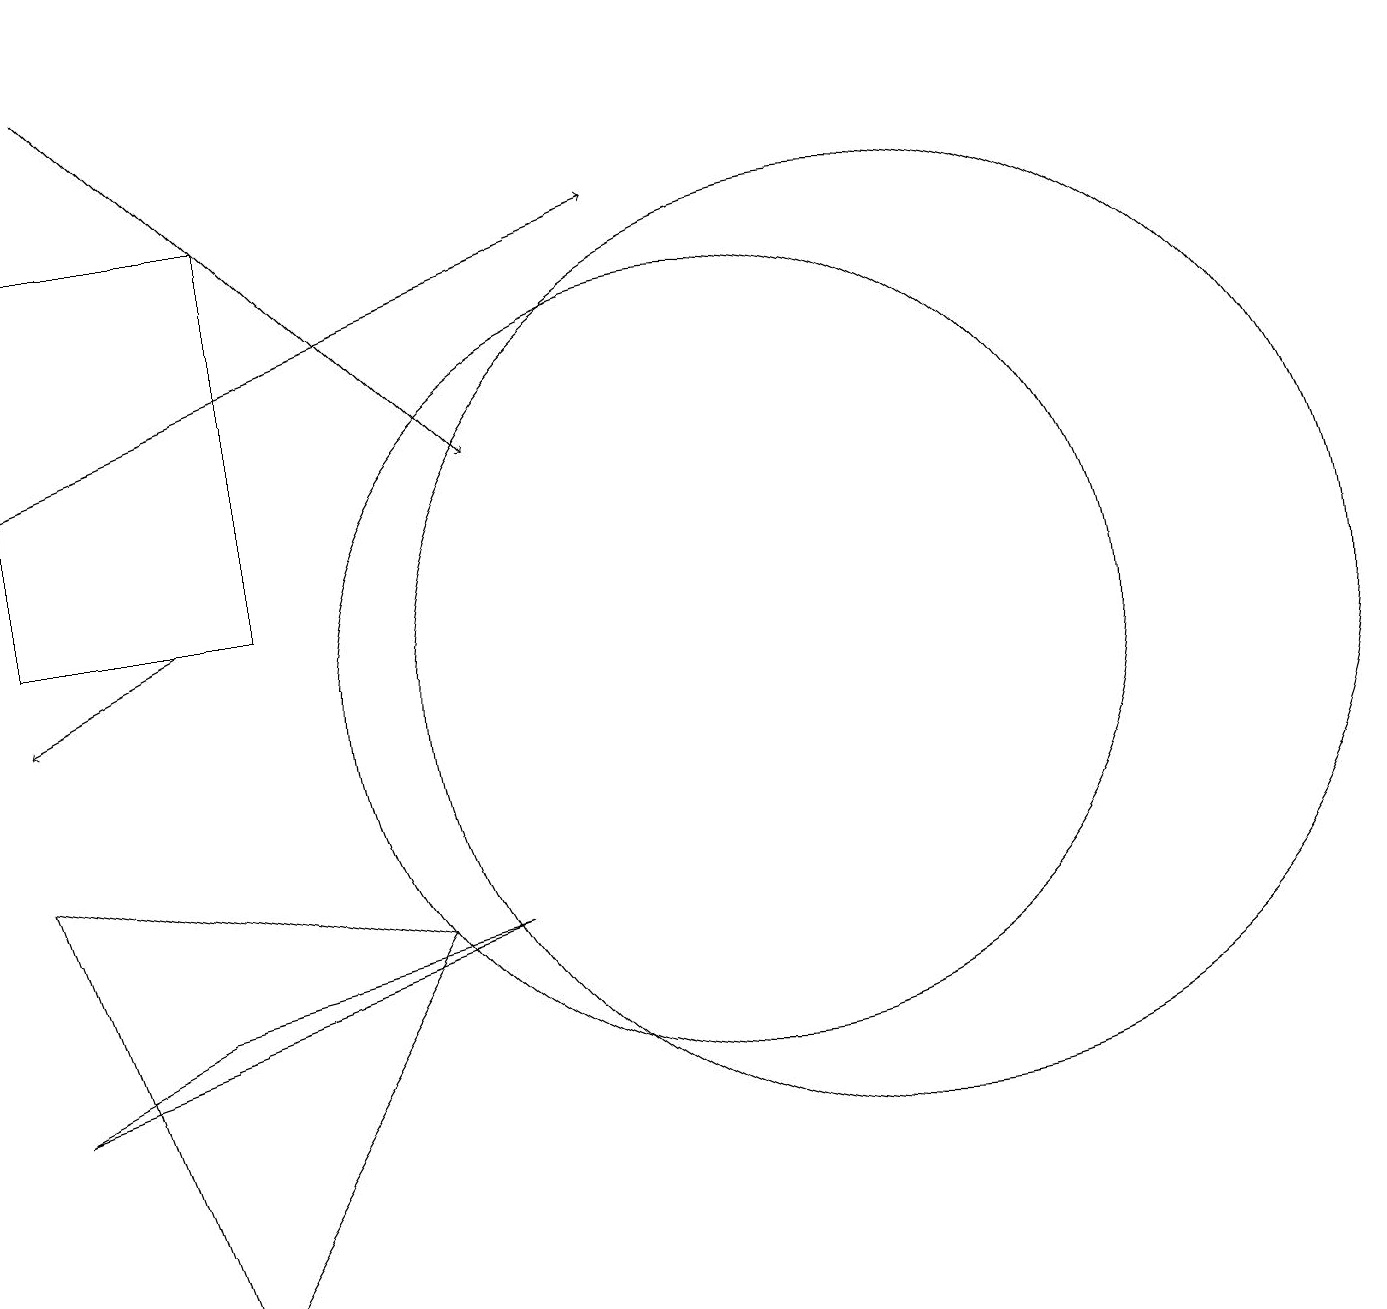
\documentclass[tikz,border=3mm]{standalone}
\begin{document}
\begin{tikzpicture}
\draw[->] (1,13) -- (9,16);
\draw (10,10) circle (5);
\draw (1,16) rectangle (4,11);
\draw (3,2) -- (6,7) -- (1,8) -- cycle;
\draw[->] (3,11) -- (1,10);
\draw (12,10) circle (6);
\draw (3,6) -- (1,5) -- (7,7) -- cycle;
\draw[->] (2,18) -- (7,13);
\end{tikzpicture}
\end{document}